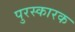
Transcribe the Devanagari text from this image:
पुरस्कारक